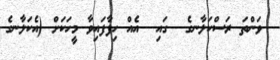
ވަންތަ ރަސްކަލާނގެ  ގައި  އެއް ހިފާފައިވާ މީހަކަށް (އެކަލާނގެ